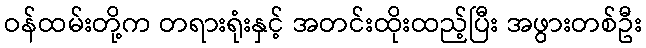
ဝန်ထမ်းတို့က တရားရုံးနှင့် အတင်းထိုးထည့်ပြီး အဖွားတစ်ဦး